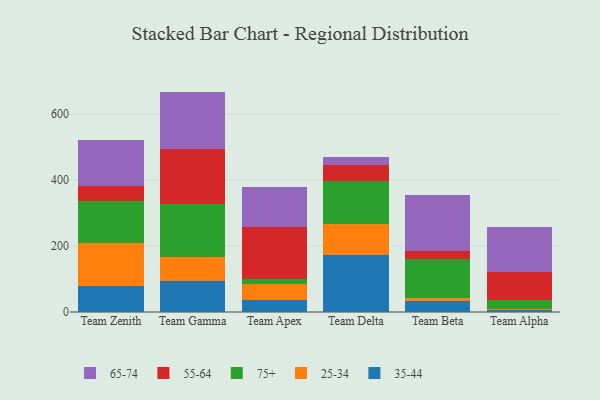
{"axis": {"x": "Team", "y": "Customer Acquisition Cost (USD)"}, "legend": ["25-34", "35-44", "55-64", "65-74", "75+"], "data": [{"x": "Team Zenith", "y": 80.0, "type": "35-44"}, {"x": "Team Zenith", "y": 128.6, "type": "25-34"}, {"x": "Team Zenith", "y": 127.0, "type": "75+"}, {"x": "Team Zenith", "y": 47.3, "type": "55-64"}, {"x": "Team Zenith", "y": 136.9, "type": "65-74"}, {"x": "Team Gamma", "y": 95.2, "type": "35-44"}, {"x": "Team Gamma", "y": 70.4, "type": "25-34"}, {"x": "Team Gamma", "y": 160.7, "type": "75+"}, {"x": "Team Gamma", "y": 166.7, "type": "55-64"}, {"x": "Team Gamma", "y": 174.5, "type": "65-74"}, {"x": "Team Apex", "y": 37.0, "type": "35-44"}, {"x": "Team Apex", "y": 47.4, "type": "25-34"}, {"x": "Team Apex", "y": 15.5, "type": "75+"}, {"x": "Team Apex", "y": 156.8, "type": "55-64"}, {"x": "Team Apex", "y": 120.4, "type": "65-74"}, {"x": "Team Delta", "y": 172.2, "type": "35-44"}, {"x": "Team Delta", "y": 94.2, "type": "25-34"}, {"x": "Team Delta", "y": 130.6, "type": "75+"}, {"x": "Team Delta", "y": 47.2, "type": "55-64"}, {"x": "Team Delta", "y": 25.3, "type": "65-74"}, {"x": "Team Beta", "y": 34.4, "type": "35-44"}, {"x": "Team Beta", "y": 7.2, "type": "25-34"}, {"x": "Team Beta", "y": 119.4, "type": "75+"}, {"x": "Team Beta", "y": 25.0, "type": "55-64"}, {"x": "Team Beta", "y": 168.2, "type": "65-74"}, {"x": "Team Alpha", "y": 5.1, "type": "35-44"}, {"x": "Team Alpha", "y": 5.1, "type": "25-34"}, {"x": "Team Alpha", "y": 26.8, "type": "75+"}, {"x": "Team Alpha", "y": 83.1, "type": "55-64"}, {"x": "Team Alpha", "y": 137.2, "type": "65-74"}]}